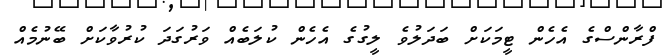
ފްރާންސްގެ އެހެން ޓީމަކަށް ބަދަލުވެ ލީގުގެ އެހެން ކުލަބެއް ވަރުގަދަ ކުރުވާކަށް ބޭނުމެއް